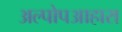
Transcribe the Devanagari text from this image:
अल्पोपआहारा